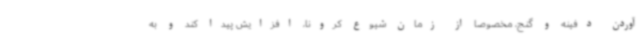
آوردن دفینه و گنج، مخصوصا از زمان شیوع کرونا، افزایش پیدا کند و به